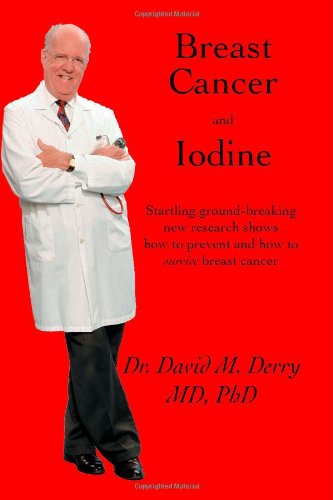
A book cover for Breast Cancer and Iodine : How to Prevent and How to Survive Breast Cancer; Ph.D. Dr. David Derry M.D.; Health, Fitness & Dieting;